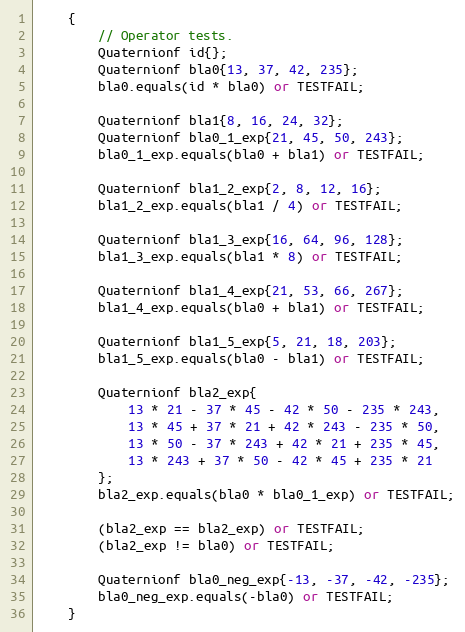
Language: C++
	{
		// Operator tests.
		Quaternionf id{};
		Quaternionf bla0{13, 37, 42, 235};
		bla0.equals(id * bla0) or TESTFAIL;

		Quaternionf bla1{8, 16, 24, 32};
		Quaternionf bla0_1_exp{21, 45, 50, 243};
		bla0_1_exp.equals(bla0 + bla1) or TESTFAIL;

		Quaternionf bla1_2_exp{2, 8, 12, 16};
		bla1_2_exp.equals(bla1 / 4) or TESTFAIL;

		Quaternionf bla1_3_exp{16, 64, 96, 128};
		bla1_3_exp.equals(bla1 * 8) or TESTFAIL;

		Quaternionf bla1_4_exp{21, 53, 66, 267};
		bla1_4_exp.equals(bla0 + bla1) or TESTFAIL;

		Quaternionf bla1_5_exp{5, 21, 18, 203};
		bla1_5_exp.equals(bla0 - bla1) or TESTFAIL;

		Quaternionf bla2_exp{
			13 * 21 - 37 * 45 - 42 * 50 - 235 * 243,
			13 * 45 + 37 * 21 + 42 * 243 - 235 * 50,
			13 * 50 - 37 * 243 + 42 * 21 + 235 * 45,
			13 * 243 + 37 * 50 - 42 * 45 + 235 * 21
		};
		bla2_exp.equals(bla0 * bla0_1_exp) or TESTFAIL;

		(bla2_exp == bla2_exp) or TESTFAIL;
		(bla2_exp != bla0) or TESTFAIL;

		Quaternionf bla0_neg_exp{-13, -37, -42, -235};
		bla0_neg_exp.equals(-bla0) or TESTFAIL;
	}